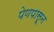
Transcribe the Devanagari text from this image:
पेणपासून